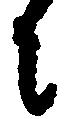
に